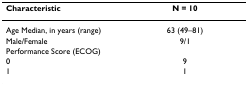
<table><thead><tr><td><b>Characteristic</b></td><td><b>N = 10</b></td></tr></thead><tbody><tr><td>Age Median, in years (range)</td><td>63 (49–81)</td></tr><tr><td>Male/Female</td><td>9/1</td></tr><tr><td>Performance Score (ECOG)</td><td></td></tr><tr><td>0</td><td>9</td></tr><tr><td>1</td><td>1</td></tr></tbody></table>